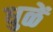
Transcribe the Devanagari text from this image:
धुळें